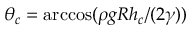
\theta _ { c } = \operatorname { a r c c o s } ( \rho g R h _ { c } / ( 2 \gamma ) )